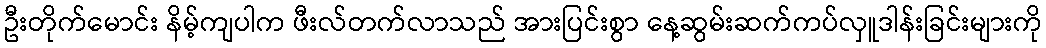
ဦးတိုက်မောင်း နိမ့်ကျပါက ဖီးလ်တက်လာသည် အားပြင်းစွာ နေ့ဆွမ်းဆက်ကပ်လှူဒါန်းခြင်းများကို